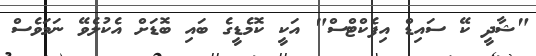
"ޝާދީ ކޭ ސައިޑް އިފެކްޓްސް" އަކީ ކޮމެޑީގެ ބައި ބޮޑަށް އެކުލެވޭ ނަމަވެސް